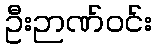
ဦးဉာဏ်ဝင်း